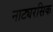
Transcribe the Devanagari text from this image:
नाट्यरसिक